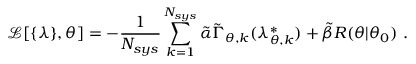
\mathcal { L } [ \{ \lambda \} , \theta ] = - \frac { 1 } { N _ { s y s } } \sum _ { k = 1 } ^ { N _ { s y s } } \tilde { \alpha } \tilde { \Gamma } _ { \theta , k } ( \lambda _ { \theta , k } ^ { * } ) + \tilde { \beta } R ( \theta | \theta _ { 0 } ) ~ .